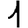
Digit: 1